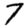
Digit: 7